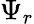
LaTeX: \Psi_{r}